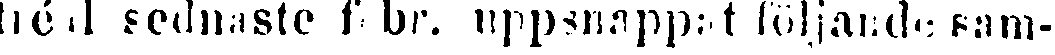
héd sednaste febr. uppsnappat följande sam-